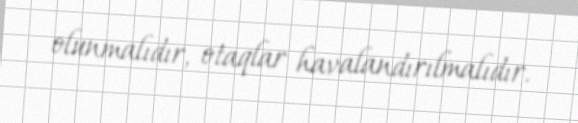
olunmalıdır, otaqlar havalandırılmalıdır.